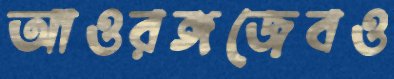
আওরঙ্গজেবও